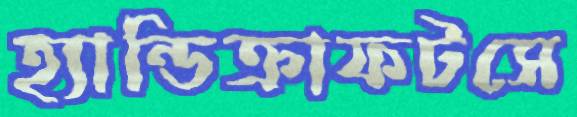
হ্যান্ডিক্রাফটসে